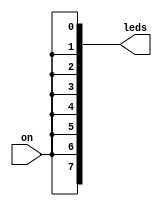
module led_blink #(parameter N=8)
						(input on, output [N-1:0] leds);

   assign leds [N-1:0] = {N{on}}; 
		
endmodule